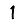
Digit: 1